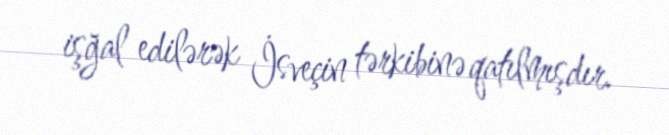
işğal edilərək İsveçin tərkibinə qatılmışdır.